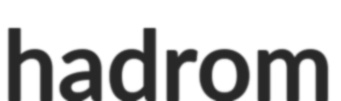
hadrom